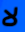
لا